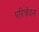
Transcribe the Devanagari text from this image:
परिचेदन